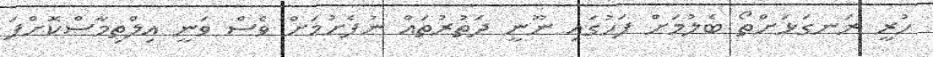
ހުރީ ރަނގަޅަށްތޯ ބެލުމަށް ފަހުގައި ނޫނީ ދަތުރުތައް ނުފެށުމަށް ވެސް ވަނީ އިލްތިމާސްކޮށްފަ